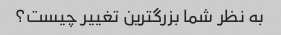
به نظر شما بزرگترین تغییر چیست؟